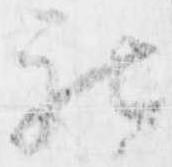
被